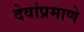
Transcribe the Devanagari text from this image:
देवांप्रमाणे